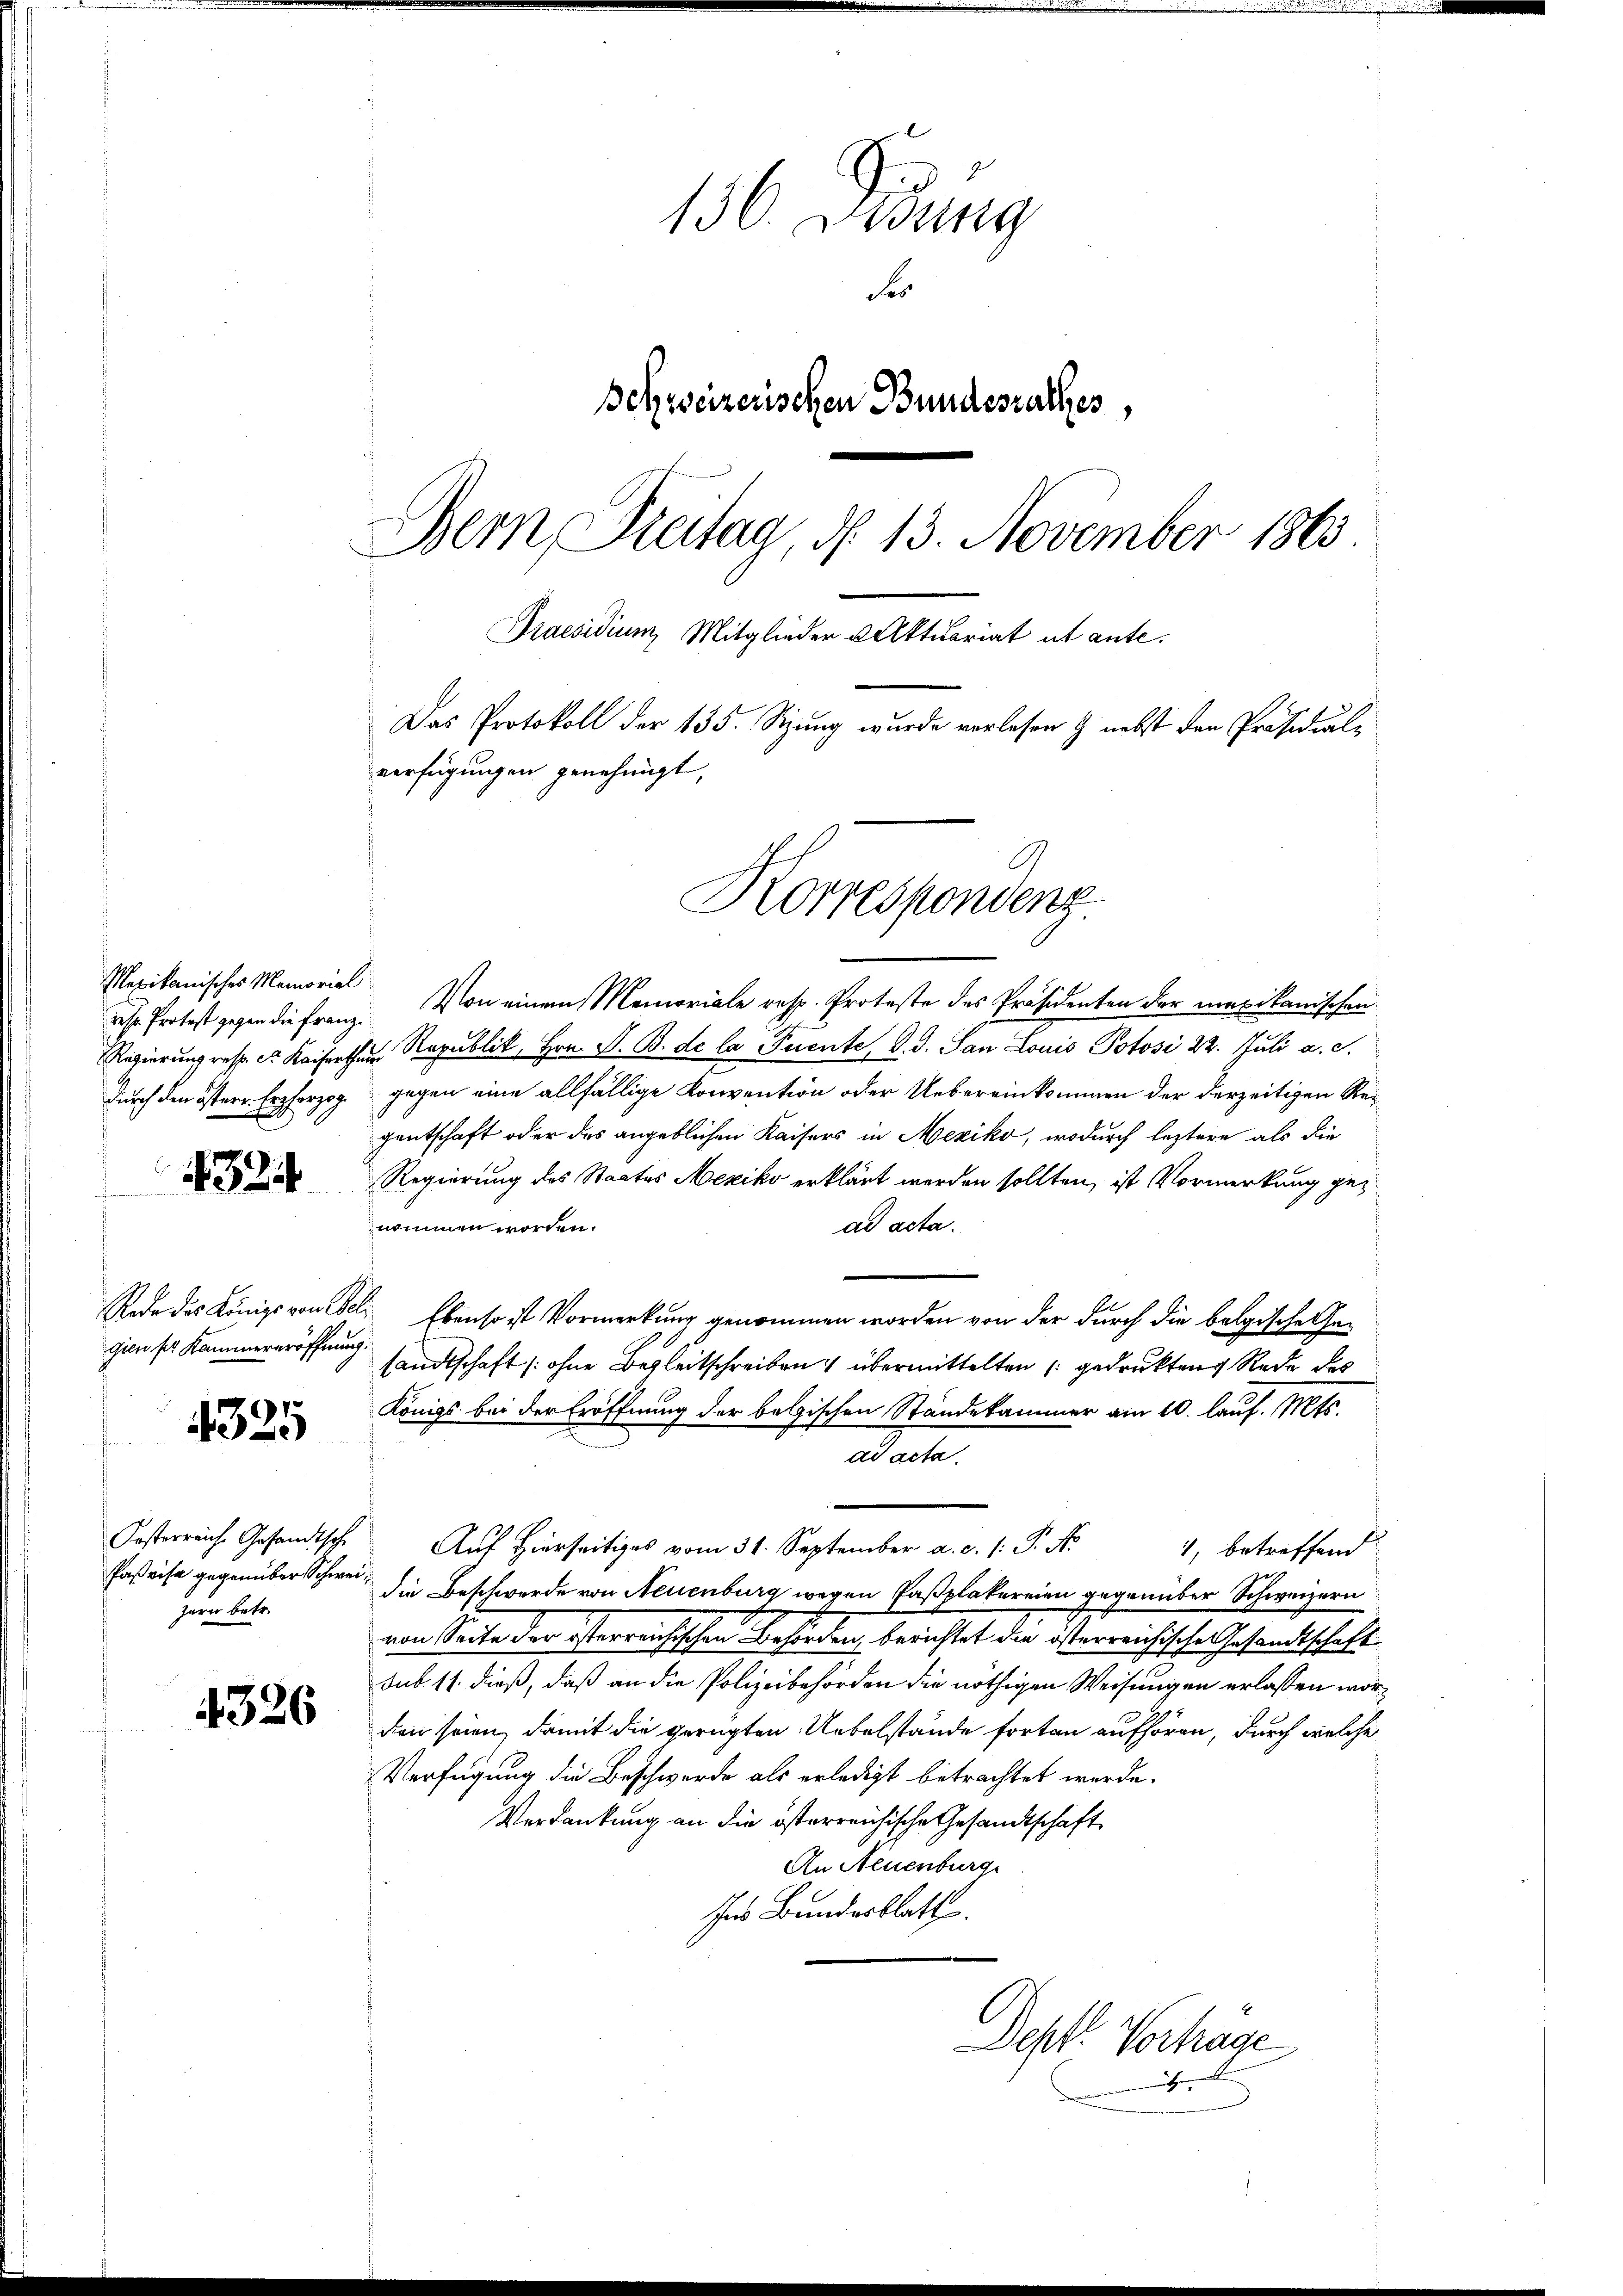
Mexikanisches Memorial
durch den östern Erzherzog

324

gien ser Kammereröffnung.

4325

Kosterreich Gesandtsche
zern betr.

4326

136. Dedung
der
Schweizerischen Bundesrathes,
Bern Preitag, d. 13. November 1863
Praesidium, Mitglieder Aktuariat ut ante.
Das Protokoll der 135. Sizung wurde verlesen & nebst der Präsidialverfügungen genehmigt,

f

deser Protest gegen die Franz. Von einem Memoriale resp. Proteste des Präsidenten der mexikanischen
Regierung resp. er Kaiserthat Republik, Hrn. F. B. de la rente, d. d. San Louis Potosi 22. Juli a. c.
gegen eine allfällige Konvention oder Uebereinkommen der derzeitigen Reigentschaft oder das angeblichen Kaisers in Mexiko, wodurch leztere als die
Regierung des Staates Mexiko erklärt werden sollten, ist Vormerkung genommen worden.
ad acta.
Rede des Königs von Geld Ebenso ist Vormerkung genommen worden von der durch die belgische Gesandtschaft (ohne Begleitschreiben übermittelten gedruckten Rede des
Königs bei der Eröffnung der belgischen Ständekammer am 10. lauf. Mts.
ad acta
Aŭf Hierseitiges vom 31. September a. c. s. S. Nr. 4, betreffend
Paßvisa gegenüber Schwer die Beschwerde von Neuenburg wegen Faßplakereien gegenüber Schweizern
von Seite der österreichischen Behörden, berichtet die österreichische Gesandtschaft
sub. 11. dieß, daß an die Polizeibehörden die nöthigen Weisungen erlassen worden seien, damit die gerügten Uebelstände forten aufhören, durch welche
Verfügung die Beschwerde als erledigt betrachtet werde.
Verdankung an die österreichische Gesandtschaft
An Neuenburg
Ins Bundesblatt

Korrespondenz

Dept. Vortrage

e